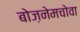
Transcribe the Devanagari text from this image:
बोज़नेमचोवा